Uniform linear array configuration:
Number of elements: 12
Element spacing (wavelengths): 0.75
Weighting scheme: blackman
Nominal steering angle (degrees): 60
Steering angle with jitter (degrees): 60.343
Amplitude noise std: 0.05
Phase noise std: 0.05

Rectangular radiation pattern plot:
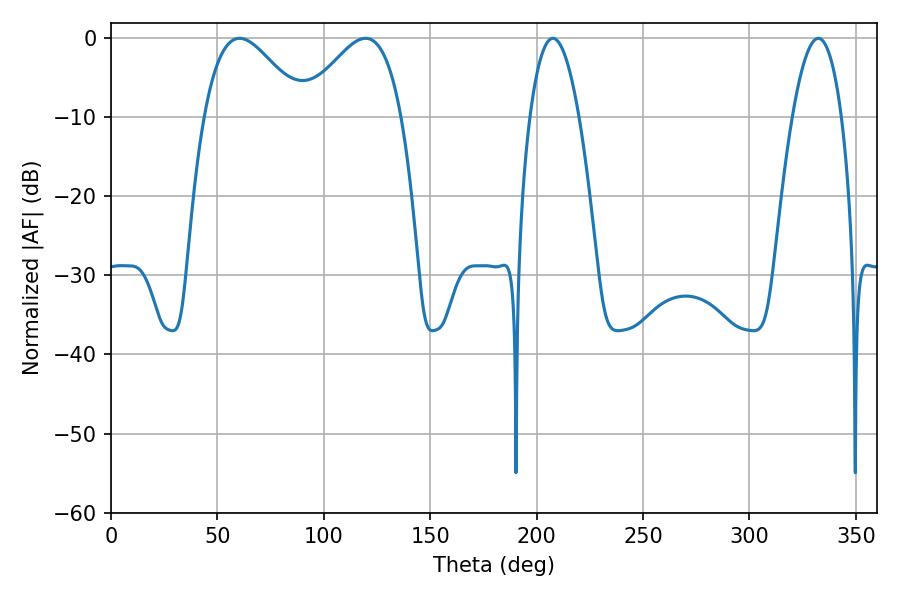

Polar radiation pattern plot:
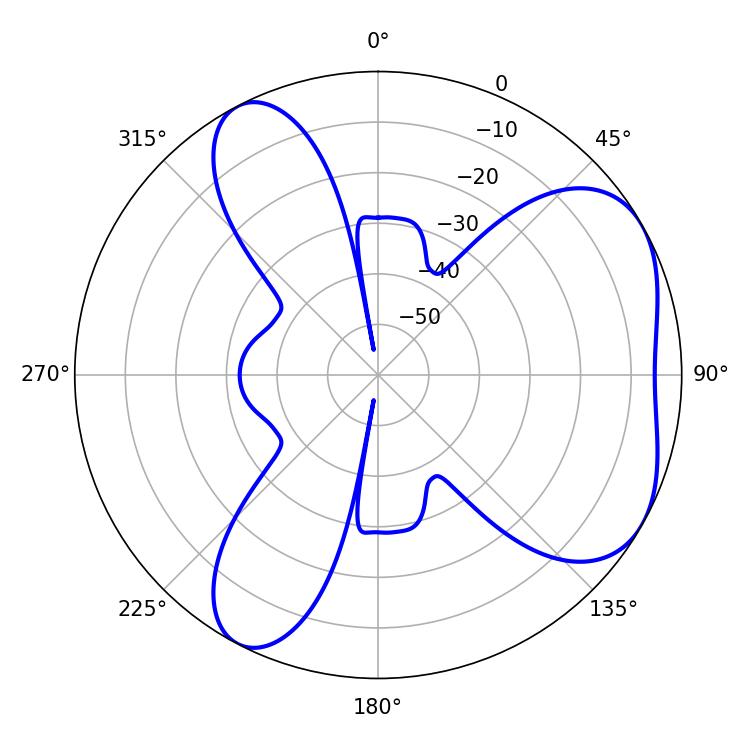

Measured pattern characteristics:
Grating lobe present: TRUE
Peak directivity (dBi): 5.037
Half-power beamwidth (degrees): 25.2
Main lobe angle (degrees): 60.48